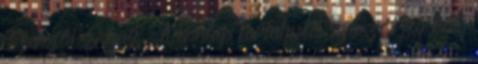
Szerzői Jogait : A honlap tartalmát szerzői jog védi